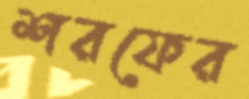
শরফের